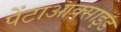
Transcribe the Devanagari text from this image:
पेंटाआक्साइड